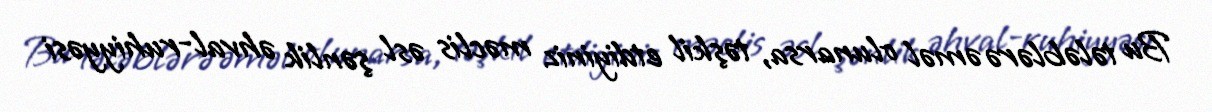
Bu tələblərə əməl olunarsa, təşkil etdiyiniz məclis əsl şənlik əhval-ruhiyyəsi